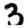
Digit: 3